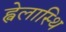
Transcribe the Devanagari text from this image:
ह्वेलास्थि